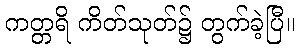
ကတ္တရိ ကိတ်သုတ်၌ တွက်ခဲ့ပြီ။